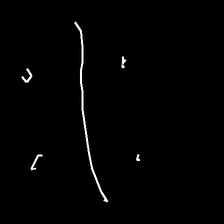
Glyph: cool